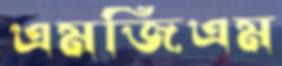
এমজিএম